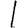
Digit: 1